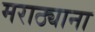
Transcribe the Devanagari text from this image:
मराठ्याना